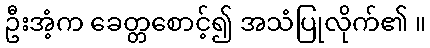
ဦးအံ့က ခေတ္တစောင့်၍ အသံပြုလိုက်၏ ။